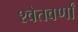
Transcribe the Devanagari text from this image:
श्वेतवर्णां